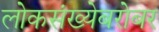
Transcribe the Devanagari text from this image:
लोकसंख्येबरोबर